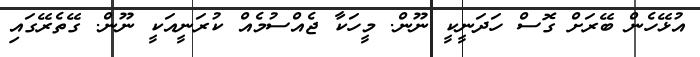
އުޅޭހެން ބޭރަށް ގޮސް ހަދަނީކީ ނޫން. މީހަކާ ޖެއްސުމެއް ކުރަނީއަކީ ނޫން. ގޭތެރޭގައި